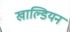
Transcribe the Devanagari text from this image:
खाल्डियन